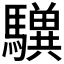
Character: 𩦸